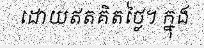
ដោយឥតគិតថ្លៃ។ ក្នុង